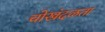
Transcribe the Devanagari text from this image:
चोखंदळता